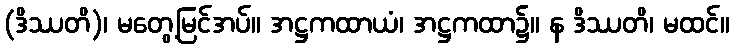
(ဒိဿတိ)၊ မတွေ့မြင်အပ်။ အဋ္ဌကထာယံ၊ အဋ္ဌကထာ၌။ န ဒိဿတိ၊ မထင်။